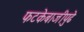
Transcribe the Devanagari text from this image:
फटकेबाजीपुढे